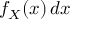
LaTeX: f _ { X } ( x ) \, d x